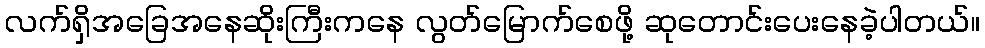
လက်ရှိအခြေအနေဆိုးကြီးကနေ လွတ်မြောက်စေဖို့ ဆုတောင်းပေးနေခဲ့ပါတယ်။